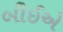
બીઈએ